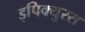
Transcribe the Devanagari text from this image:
इपिक्युरस